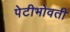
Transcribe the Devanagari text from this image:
पेटीभोवती